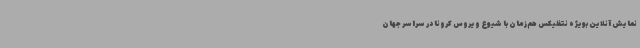
نمایش آنلاین بویژه نتفلیکس هم‌زمان با شیوع ویروس کرونا در سراسر جهان